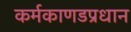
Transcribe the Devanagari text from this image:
कर्मकाणडप्रधान